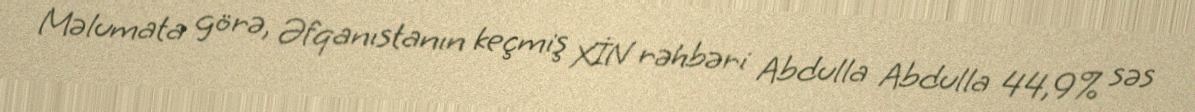
Məlumata görə, Əfqanıstanın keçmiş XİN rəhbəri Abdulla Abdulla 44,9% səs